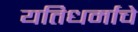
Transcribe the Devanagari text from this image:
यतिधर्माचे